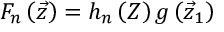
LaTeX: F _ { n } \left( { \vec { z } } \right) = h _ { n } \left( Z \right) g \left( { \vec { z } } _ { 1 } \right)